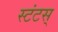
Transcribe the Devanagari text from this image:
स्टंटस्